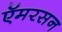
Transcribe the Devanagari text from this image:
ऍमरसन